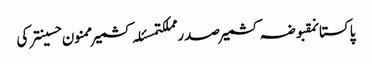
پاکستانمقبوضہ کشمیرصدر مملکتمسئلہ کشمیرممنون حسینترکی